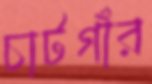
চাটগাঁর